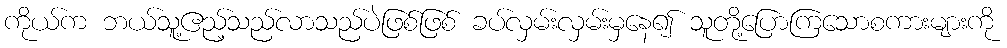
ကိုယ်က ဘယ်သူ့ဧည့်သည်လာသည်ပဲဖြစ်ဖြစ် ခပ်လှမ်းလှမ်းမှနေ၍ သူတို့ပြောကြသောစကားများကို